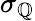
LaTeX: \sigma_{\mathbb{Q}}